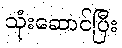
သုံးဆောင်ပြီး